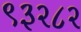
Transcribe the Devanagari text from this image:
९३२८२